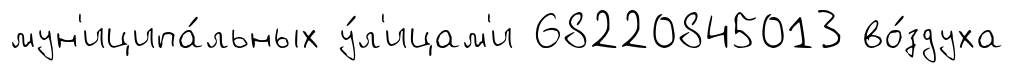
мун'иципа́льных у́л'ицам'и 68220845013 во́здуха